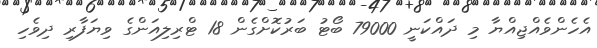
އެހެންވެއްޖިއްޔާ މި ދައްކަނީ 79000 ބޯޓު ބަރުކޮށްގެން 18 ޓްރިލިއަންގެ ވިޔަފާރި ދިވެހި